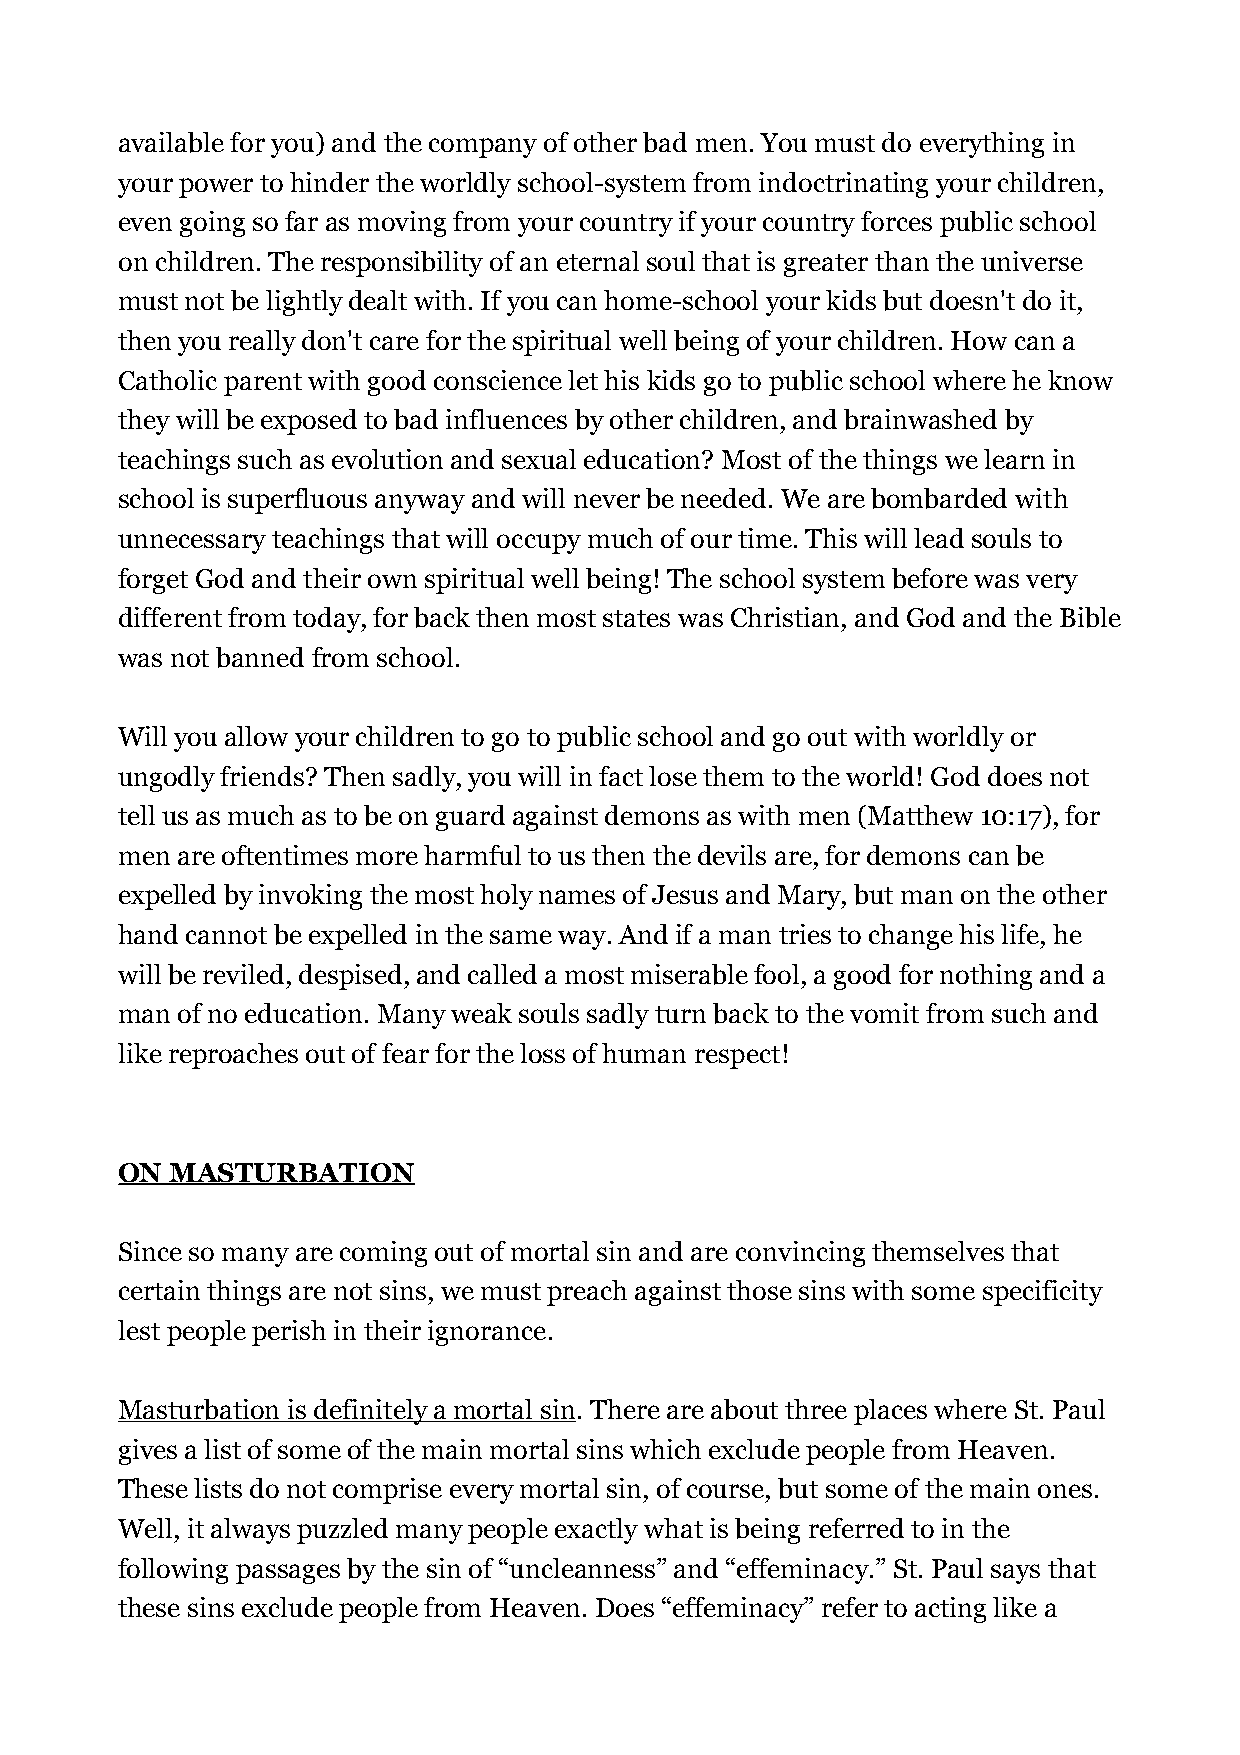
available for you) and the company of other bad men. You must do everything in
 your power to hinder the worldly school-system from indoctrinating your children,
 even going so far as moving from your country if your country forces public school
 on children. The responsibility of an eternal soul that is greater than the universe
 must not be lightly dealt with. If you can home-school your kids but doesn't do it,
 then you really don't care for the spiritual well being of your children. How can a
 Catholic parent with good conscience let his kids go to public school where he know
 they will be exposed to bad influences by other children, and brainwashed by
 teachings such as evolution and sexual education? Most of the things we learn in
 school is superfluous anyway and will never be needed. We are bombarded with
 unnecessary teachings that will occupy much of our time. This will lead souls to
 forget God and their own spiritual well being! The school system before was very
 different from today, for back then most states was Christian, and God and the Bible
 was not banned from school.
 Will you allow your children to go to public school and go out with worldly or
 ungodly friends? Then sadly, you will in fact lose them to the world! God does not
 tell us as much as to be on guard against demons as with men (Matthew 10:17), for
 men are oftentimes more harmful to us then the devils are, for demons can be
 expelled by invoking the most holy names of Jesus and Mary, but man on the other
 hand cannot be expelled in the same way. And if a man tries to change his life, he
 will be reviled, despised, and called a most miserable fool, a good for nothing and a
 man of no education. Many weak souls sadly turn back to the vomit from such and
 like reproaches out of fear for the loss of human respect!
 ON MASTURBATION
 Since so many are coming out of mortal sin and are convincing themselves that
 certain things are not sins, we must preach against those sins with some specificity
 lest people perish in their ignorance.
 Masturbation is definitely a mortal sin. There are about three places where St. Paul
 gives a list of some of the main mortal sins which exclude people from Heaven.
 These lists do not comprise every mortal sin, of course, but some of the main ones.
 Well, it always puzzled many people exactly what is being referred to in the
 following passages by the sin of “uncleanness” and “effeminacy.” St. Paul says that
 these sins exclude people from Heaven. Does “effeminacy” refer to acting like a